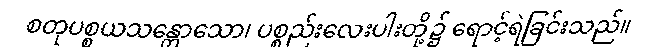
စတုပစ္စယသန္တောသော၊ ပစ္စည်းလေးပါးတို့၌ ရောင့်ရဲခြင်းသည်။